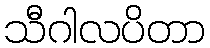
သီဂါလပိတာ